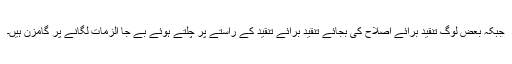
جبکہ بعض لوگ تنقید برائے اصلاح کی بجائے تنقید برائے تنقید کے راستے پر چلتے ہوئے بے جا الزمات لگانے پر گامزن ہیں۔